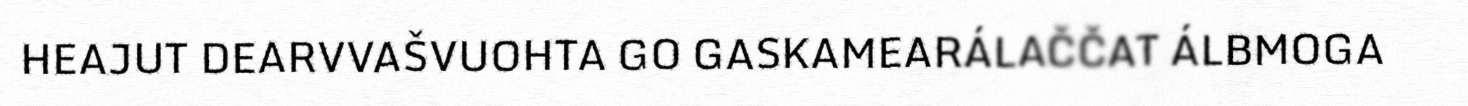
HEAJUT DEARVVAŠVUOHTA GO GASKAMEARÁLAČČAT ÁLBMOGA